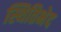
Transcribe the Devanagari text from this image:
स्थितिभेद